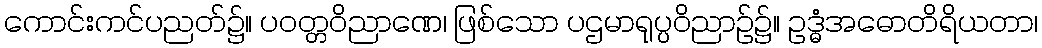
ကောင်းကင်ပညတ်၌။ ပဝတ္တဝိညာဏေ၊ ဖြစ်သော ပဌမာရုပ္ပဝိညာဉ်၌။ ဥဒ္ဓံအဓောတိရိယတာ၊